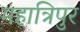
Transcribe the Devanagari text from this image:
महात्रिपुर